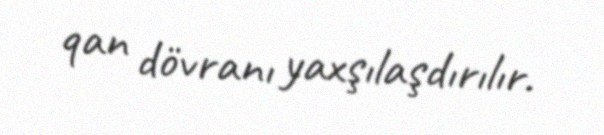
qan dövranı yaxşılaşdırılır.